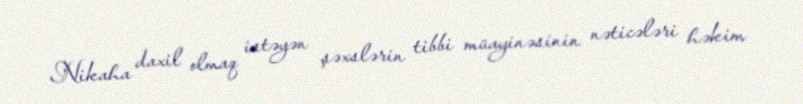
Nikaha daxil olmaq istəyən şəxslərin tibbi müayinəsinin nəticələri həkim